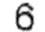
6